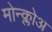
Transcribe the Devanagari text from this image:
मोन्क्लोअ